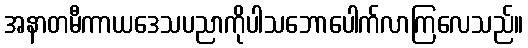
အနာတမီကာယဒေသပညာကိုပါသဘောပေါက်လာကြလေသည်။